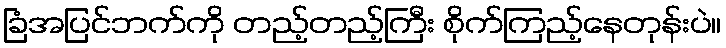
ခြံအပြင်ဘက်ကို တည့်တည့်ကြီး စိုက်ကြည့်နေတုန်းပဲ။